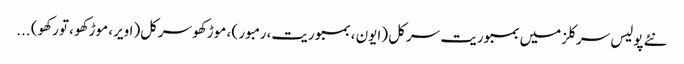
نئے پولیس سرکلزمیں بمبوریت سرکل (ایون ، بمبوریت، رمبور ) ، موڑکھو سرکل(اویر، موڑکھو ، تورکھو) ...